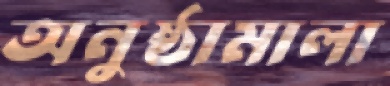
অনুষ্ঠামালা